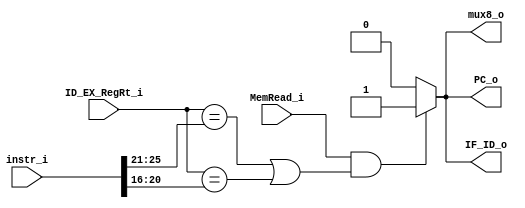
module HDU
(
	instr_i,
	ID_EX_RegRt_i,
	MemRead_i,
	PC_o,
	IF_ID_o,
	mux8_o
);


// Ports

input	[31:0]		instr_i;
input	[4:0]		ID_EX_RegRt_i;
input				MemRead_i;
output				PC_o;
output				IF_ID_o;
output				mux8_o;


reg 	PC_o;
reg 	IF_ID_o;
reg 	mux8_o;


always@(*) begin
	if (MemRead_i && ( ID_EX_RegRt_i == instr_i[25:21] || ID_EX_RegRt_i == instr_i[20:16] )) begin
		$display("[HDU]Stall next cycle, ID_EX_RegRt_i = %b, instr_i_Rs = %b, instr_i_Rt = %b\n", 
			ID_EX_RegRt_i, instr_i[25:21], instr_i[20:16]);
		PC_o = 1'b1;
		IF_ID_o = 1'b1;
		mux8_o = 1'b1;
	end
	else begin
		PC_o = 1'b0;
		IF_ID_o = 1'b0;
		mux8_o = 1'b0;
	end
end

endmodule